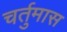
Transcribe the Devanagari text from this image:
चर्तुमास